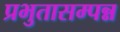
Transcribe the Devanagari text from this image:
प्रभुतासम्पन्न